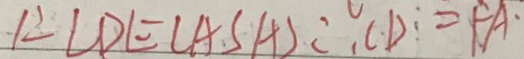
\therefore C D = F A